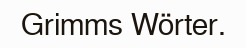
Grimms Wörter.